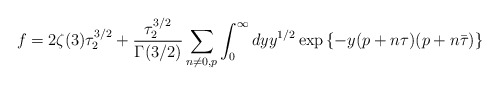
\begin{align*} f=2\zeta(3)\tau_2^{3/2} +{\tau_2^{3/2}\over \Gamma(3/2)}\sum_{n\neq 0,p }\int_0^{\infty}dyy^{1/2}\exp\left\{-y(p+n\tau)(p+n\bar{\tau})\right\}\end{align*}